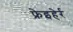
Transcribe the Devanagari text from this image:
फ्रेइहेर्र